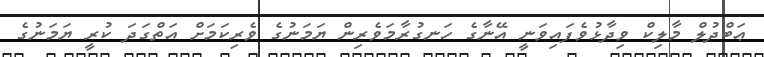
ޢަބްދުލް މާލިކް ވިދާޅުވެފައިވަނީ އޭނާގެ ހަނގުރާމަވެރިން ޔަމަނުގެ ވެރިކަމަށް އަތްގަދަ ކުރީ ޔަމަނުގެ